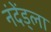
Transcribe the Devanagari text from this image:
नंदेंड्ला